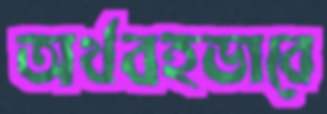
অর্থবহভাবে